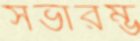
সভারম্ভ